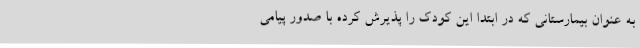
به عنوان بیمارستانی که در ابتدا این کودک را پذیرش کرده با صدور پیامی